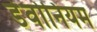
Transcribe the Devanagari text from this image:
डेवोनियम